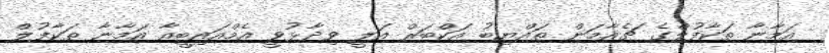
އަމާނާ ތަކާފުލްގެ ޗެއާމަން ތައްޔިބު އަކްބަރް އަލީ ވިދާޅުވީ އެމްއައިބީއާ އަމާނާ ތަކާފުލް